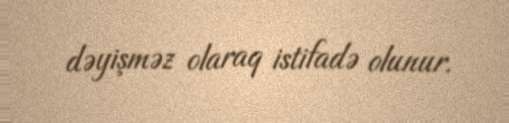
dəyişməz olaraq istifadə olunur.